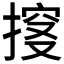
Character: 𰔏